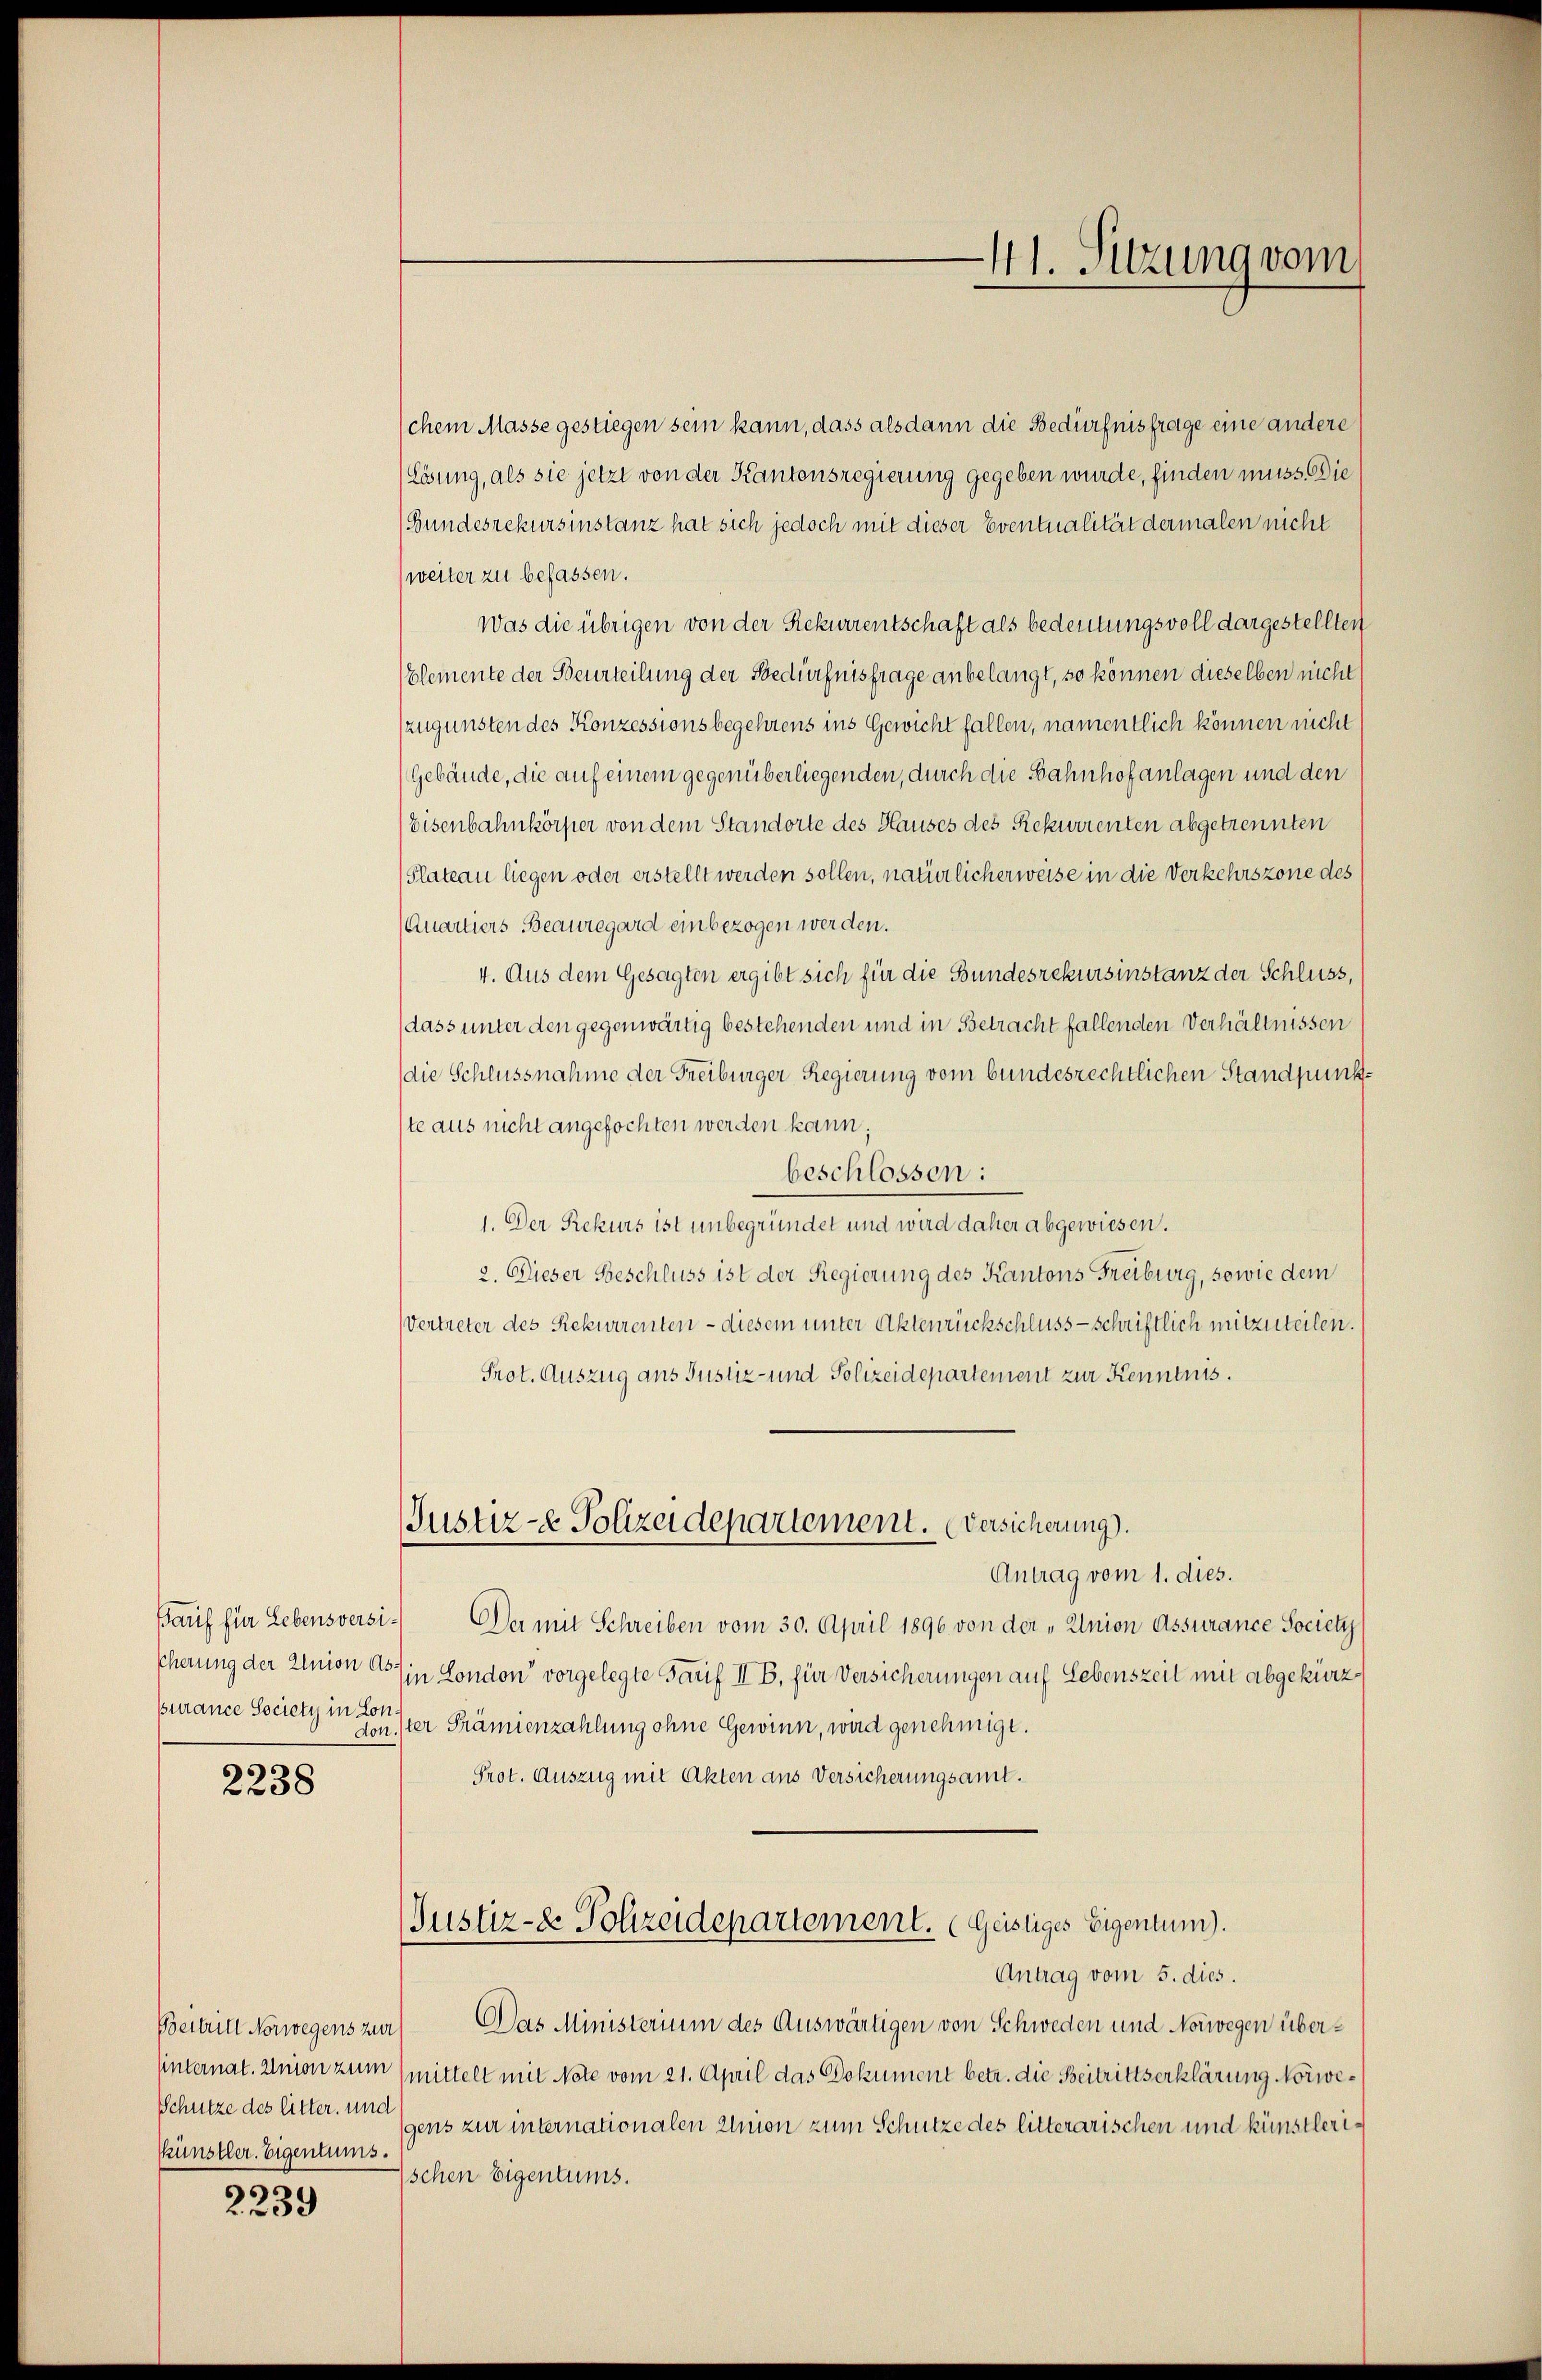
Barif für Lebensversi¬
Burance Society in Lon¬

2238

Schütze des litter, und
Künstler. Eigentums.

s
2289

Justiz- & Polizeidepartement. Geistiges Eigentum).

41. Sitzung vom

chem Masse gestiegen sein kann, dass als dann die Bedürfnisfrage eine andere
Lösung, als sie jetzt von der Kantonsregierung gegeben wurde, finden muss. Die
(Bundesrekursinstanz hat sich jedoch mit dieser Eventualität dermalen nicht
(weiter zu befassen.
Was die übrigen von der Rekurrentschaft als bedeutungsvoll dargestellten
Elemente der Beurteilung der Bedürfnisfrage anbelangt, so können dieselben nicht
zugunsten des Konzessionsbegehrens ins Gewicht fallen, namentlich können nicht
(Gebäude, die auf einem gegenüberliegenden, durch die Bahnhofanlagen und den
Eisenbahnkörper von dem Standorte des Hauses des Rekurrenten abgetrennten
Plateau liegen oder erstellt werden sollen, natürlicherweise in die Verkehrszone des
Quartiers Beauregard einbezogen werden.
4. Aus dem Gesagten ergibt sich für die Bundesrekursinstanz der Schluss,
dass unter den gegenwärtig bestehenden und in Betracht fallenden Verhältnissen
(die Schlussnahme der Freiburger Regierung vom bundesrechtlichen Standpunkte aus nicht angefochten werden kann.
beschlossen:
1. Der Rekurs ist unbegründet und wird daher abgewiesen.
2. Dieser Beschluss ist der Regierung des Kantons Freiburg, sowie dem
Vertreter des Rekurrenten - diesem unter Aktenrückschluss - schriftlich mitzuteilen.
Prot. Auszug aus Justiz- und Polizeidepartement zur Kenntnis.
Justiz- & Polizeidepartement. Versicherung).
Antrag vom 1. dies.
Der mit Schreiben vom 30. April 1896 von der „Union Assurance Society
Ccherung der Union es in London vorgelegte Tauf II B, für Versicherungen auf Lebenszeit mit abgekürz
don ster Prämienzahlung ohne Gewinn, wird genehmigt.
Prot. Auszug mit Akten aus Versicherungsamt.

Antrag vom 5. dies.
Bestritt Norwegens zur Das Ministerium des Auswärtigen von Schweden und Norwegen übersinternat. Union zum mittelt mit Note vom 21. April das Dokument betr. die Beitrittserklärung Norwegens zur internationalen Union zum Schutze des litterarischen und künstleri¬
Ischen Eigentums.